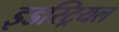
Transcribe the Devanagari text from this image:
इडस्ट्रियल